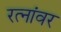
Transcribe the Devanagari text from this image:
रत्‍नांवर